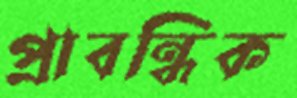
প্রাবন্ধিক